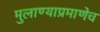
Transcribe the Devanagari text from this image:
मुलाण्याप्रमाणेच